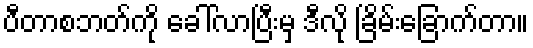
ပီတာစဘတ်ကို ခေါ်လာပြီးမှ ဒီလို ခြိမ်းခြောက်တာ။